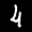
Label: 4